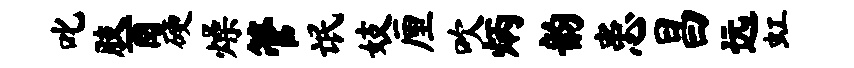
叱肢酉硬燥管氓妓厘吹炳韵患昌远虹